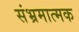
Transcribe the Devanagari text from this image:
संभ्रमात्मक